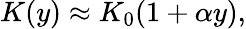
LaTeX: K(y)\approx K_{0}(1+\alpha y),